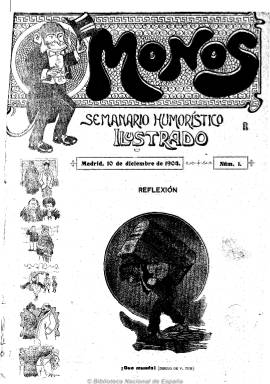
Título: Monos (Madrid)
Colección: Revistas satíricas y humorísticas
Ámbito geográfico: Madrid
Lugar de publicación: Madrid
Fechas: 10/12/1904-29/12/1906

Con su aparición, el 10 de diciembre de 1904, se inaugura un nuevo modelo de revista de humor gráfico y de entretenimiento en España, cercana a lo que después será el tebeo o cómic, dedicada preferentemente a la historieta, la tira cómica, la viñeta, la caricatura y el chiste, dibujos acompañados muchas veces con el correspondiente pie de texto, publicando además grabados de autores extranjeros. Su subtítulo en la cubierta, estampada a dos tintas (también la contracubierta), es el de “semanario humorístico ilustrado”, que amplía en su portada indicando que lo es “por los más ingeniosos caricaturistas de todo el mundo”, a lo que añadirá: “único en su género en España y el que más grabados publica en cada número”. Y, efectivamente, además de historietas españolas, insertará otras de autores europeos y norteamericanos y hará honor al título –Monos- que por vez primera utiliza una publicación, para referirse a los dibujos de trazos rápidos acompañados de un breve pie de texto, que llegarán a dar nombre a sus autores como “pintamonas”.

Aparecerá cada sábado en entregas en formato menor que el folio, con 16 páginas compuestas a tres columnas, ocupadas casi todas ellas por grabados, pero sin apenas especificar autoría o bajo seudónimos “absurdos”, anonimato que supondrá otra novedad y casi seña de identidad de las publicaciones humorísticas a partir de entonces, tal como señala López Ruiz (2006). Aún así, entre las firmas habituales de sus gráficos aparecen dibujantes más o menos conocidos, como es el caso de Joaquín Xaudaró Echauz (1872-1933), que publicará incluso su autocaricatura; Felipe Márquez (1883-1928), autor de una de sus cabeceras; Modesto Méndez Álvarez (1895-1939); Cesáreo del Villar Besada (-1941), con su seudónimo Karikato; Ernesto Pérez Donaz (1875-1938), Francisco Ramírez Montesinos (1889-194?), Vicente Tur, J. Soria, Córcholis, Blas, Almoguera, Mico, Charivari, Arveras o Santonja. En los almanaques que anuncia para 1906 y 1907, también aparecen como dibujantes los nombres Benigno, Moro, Muñoz, Pedraza, Plaza, Rapé o Santa Bonilla; también anuncia la publicación de unas siluetas de actualidad, de José Francos; y entre los autores de sus textos, los de Ángel R. Chaves, Sinesio Delgado, Alejandro Larrubiera, Miguel de Palacios, Leopoldo Cano, Heliodoro Criado, Manuel Linares Rivas, Juan Pérez Zúñiga, Luis de Tapia, Felipe Pérez Campos o E. Bustillos, entre otros.

Ya en su primer número comenzará a insertar por entregas lo que desde el propio semanario se presenta como la “primera novela gráfica que se publica en España”: Las travesuras de Bebé, cuya autoría se le atribuye erróneamente a Márquez. En realidad, no es una novela gráfica en el sentido actual que se la conoce, sino más bien una tira cómica del norteamericano Frank H. Ladenfort (1860-1943), que había publicado previamente con gran éxito en la revista neoyorquina The World. Otras de sus autodenominadas “novelas gráficas” por entregas llevan los títulos Aventuras de Mufaró y Lovekins, del japonés nacionalizado norteamericano Gustave Verbeek (1867-1937) o Un viaje al infierno, aventuras dislocantes de Gomecillo y Películez, con dibujos de Karikato. En total publicaba una docena de historietas (algunas de ellas las denomina incompletas), que sumaban unos 60 dibujos por número.

La dirección de la revista admitía la colaboración “de todo el mundo” y retribuía los trabajos si eran publicados, y mantuvo frecuentes concursos a cuyos ganadores se les concedía por premio una peseta por chiste publicado. Es precisamente en su sección Chirigotas, que comienza a aparecer, generalmente, en su segunda y penúltima páginas, donde publica esos breves chistes, firmados con el nombre y la ciudad del concursante premiado. Además de esa sección de concursos, tendrá otras, como Entretenimientos, Pasatiempos, Epigramas, Adivinanzas, Problemas, Jeroglíficos, Curiosidades, Cantares cómicos, e insertará lo que denomina chistes viejos ilustrados, baturradas, transformaciones, sombras chinescas y caricaturas de artistas y literatos e, incluso una especie de crónica de actualidades con el epígrafe El ajenjo, y revistas gráficas de espectáculos. Los grabados extranjeros procedían de revistas humorísticas, como la muniquesa Fliegende Blätter (1845-1944) o la norteamericana Puck (1871-1918).

Tanto Seoane y Sáiz (1996) como Sánchez Vigil (2008) catalogan a Monos como publicación infantil, sin embargo, su humor no es ingenuo y como ya se ha señalado, en la contracubierta estampaba fotograbados de mujeres o actrices que denominará Galería de bellezas, de tal forma que el mismo Sánchez Vigil llega a decir que el humor de la revista “bascula entre el de siempre y el ya cercano puramente sicalíptico, manteniéndose, no obstante, en un prudente tono medio”. Ya la propia publicación dirá de si misma que tiene “por lema la caricatura culta, sin molestar a nadie y sin atacar la moral”. También publicará algún folletón e insertará publicidad comercial.

Fue estampada tanto en la Imprenta Moderna como en la de Calleja y aunque algún autor ha señalado que la empresa editora fue la del diario El Liberal, desde el número 30, de uno de julio de 1905, aparece indicado como su director-propietario Manuel C. Carranza. La colección de este título en la Biblioteca Nacional de España llega hasta el número 108, de 29 de diciembre de 1906, pero la Biblioteca Digital de la Comunidad de Madrid tiene registrado hasta el número 178 (año 4), de dos de mayo de 1908, con cubiertas ya estampadas a varias tintas. Además de los autores citados, como bibliografía de referencia para este título cabe citar también a Antonio Martín Martínez (1978 y 2011), Ángeles Ezama Gil (2009), Álvaro Ceballos Viro (2010) y Manuel Barrero (2010).